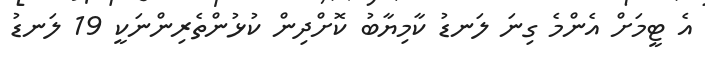
އެ ޓީމަށް އެންމެ ގިނަ ލަނޑު ކާމިޔާބު ކޮށްދިން ކުޅުންތެރިންނަކީ 19 ލަނޑު